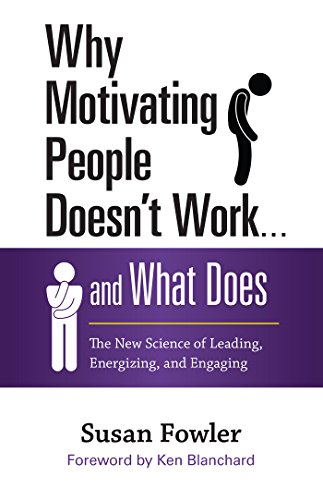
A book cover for Why Motivating People Doesn't Work . . . and What Does: The New Science of Leading, Energizing, and Engaging; Susan Fowler; Business & Money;